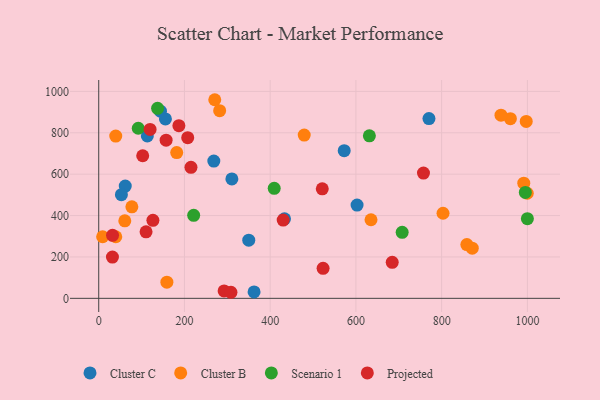
{"axis": {"x": "Study Hours", "y": "Demand"}, "legend": ["Cluster B", "Cluster C", "Projected", "Scenario 1"], "data": [{"x": "144.0", "y": 904.3, "type": "Cluster C"}, {"x": "350.0", "y": 280.9, "type": "Cluster C"}, {"x": "61.9", "y": 542.3, "type": "Cluster C"}, {"x": "770.4", "y": 868.8, "type": "Cluster C"}, {"x": "155.6", "y": 867.1, "type": "Cluster C"}, {"x": "433.4", "y": 384.3, "type": "Cluster C"}, {"x": "113.4", "y": 784.9, "type": "Cluster C"}, {"x": "572.7", "y": 713.4, "type": "Cluster C"}, {"x": "362.4", "y": 31.1, "type": "Cluster C"}, {"x": "268.5", "y": 663.1, "type": "Cluster C"}, {"x": "602.7", "y": 450.9, "type": "Cluster C"}, {"x": "310.6", "y": 577.3, "type": "Cluster C"}, {"x": "52.9", "y": 500.9, "type": "Cluster C"}, {"x": "960.4", "y": 868.4, "type": "Cluster B"}, {"x": "77.3", "y": 442.3, "type": "Cluster B"}, {"x": "999.7", "y": 507.8, "type": "Cluster B"}, {"x": "803.2", "y": 411.2, "type": "Cluster B"}, {"x": "858.8", "y": 260.0, "type": "Cluster B"}, {"x": "9.1", "y": 297.6, "type": "Cluster B"}, {"x": "60.8", "y": 374.8, "type": "Cluster B"}, {"x": "159.0", "y": 78.2, "type": "Cluster B"}, {"x": "270.7", "y": 959.8, "type": "Cluster B"}, {"x": "871.4", "y": 242.5, "type": "Cluster B"}, {"x": "635.2", "y": 379.7, "type": "Cluster B"}, {"x": "938.5", "y": 885.2, "type": "Cluster B"}, {"x": "282.1", "y": 906.7, "type": "Cluster B"}, {"x": "39.7", "y": 783.9, "type": "Cluster B"}, {"x": "181.9", "y": 704.5, "type": "Cluster B"}, {"x": "39.8", "y": 297.7, "type": "Cluster B"}, {"x": "997.3", "y": 854.9, "type": "Cluster B"}, {"x": "479.4", "y": 789.0, "type": "Cluster B"}, {"x": "991.6", "y": 556.6, "type": "Cluster B"}, {"x": "409.4", "y": 531.4, "type": "Scenario 1"}, {"x": "221.5", "y": 401.0, "type": "Scenario 1"}, {"x": "995.2", "y": 511.8, "type": "Scenario 1"}, {"x": "1000.0", "y": 385.0, "type": "Scenario 1"}, {"x": "707.9", "y": 318.8, "type": "Scenario 1"}, {"x": "631.4", "y": 785.3, "type": "Scenario 1"}, {"x": "137.3", "y": 918.0, "type": "Scenario 1"}, {"x": "92.2", "y": 821.9, "type": "Scenario 1"}, {"x": "684.7", "y": 173.9, "type": "Projected"}, {"x": "757.6", "y": 605.2, "type": "Projected"}, {"x": "102.6", "y": 689.1, "type": "Projected"}, {"x": "32.2", "y": 304.6, "type": "Projected"}, {"x": "119.8", "y": 816.4, "type": "Projected"}, {"x": "110.4", "y": 321.6, "type": "Projected"}, {"x": "207.6", "y": 776.6, "type": "Projected"}, {"x": "523.4", "y": 145.0, "type": "Projected"}, {"x": "157.2", "y": 764.2, "type": "Projected"}, {"x": "215.2", "y": 632.9, "type": "Projected"}, {"x": "126.4", "y": 376.8, "type": "Projected"}, {"x": "32.0", "y": 199.3, "type": "Projected"}, {"x": "430.3", "y": 378.2, "type": "Projected"}, {"x": "187.0", "y": 834.6, "type": "Projected"}, {"x": "521.5", "y": 529.1, "type": "Projected"}, {"x": "292.5", "y": 35.6, "type": "Projected"}, {"x": "308.5", "y": 29.3, "type": "Projected"}]}